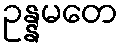
ဥန္နမတေ